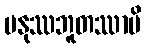
မနုဿဘူတဿာပိ